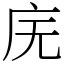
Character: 庑